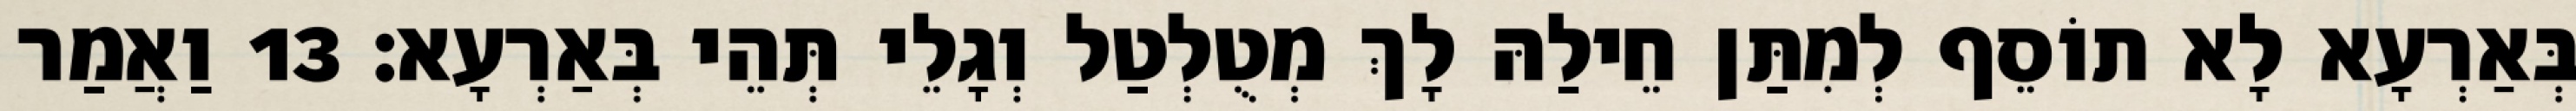
בְּאַרְעָא לָא תוֹסֵף לְמִתַּן חֵילַהּ לָךְ מְטֻלְטַל וְגָלֵי תְּהֵי בְּאַרְעָא׃ 13 וַאֲמַר